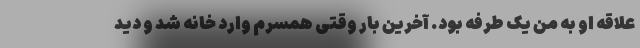
علاقه او به من یک طرفه بود. آخرین بار وقتی همسرم وارد خانه شد و دید